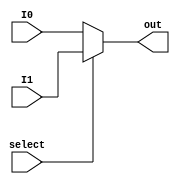
module AMUX2_3V (
   input I0,
   input I1,
   output out,
   input select
);
   wire VDD,VSS;
   wire I0, I1;
   wire out;
   wire select;
   wire NaN;

   initial begin
      NaN = 0.0 / 0.0;
   end

   assign out = (select == 1'b1) ? I1:
		 (select == 1'b0) ? I0 :
		 NaN;

endmodule